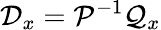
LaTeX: \mathcal{D}_{x}=\mathcal{P}^{-1}\mathcal{Q}_{x}